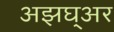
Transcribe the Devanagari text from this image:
अझघ्अर